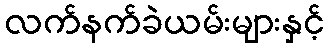
လက်နက်ခဲယမ်းများနှင့်